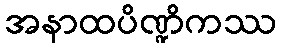
အနာထပိဏ္ဍိကဿ